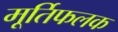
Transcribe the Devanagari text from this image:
मूर्तिफलक